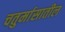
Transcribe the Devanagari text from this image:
चतुर्मासातील